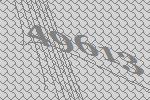
49613